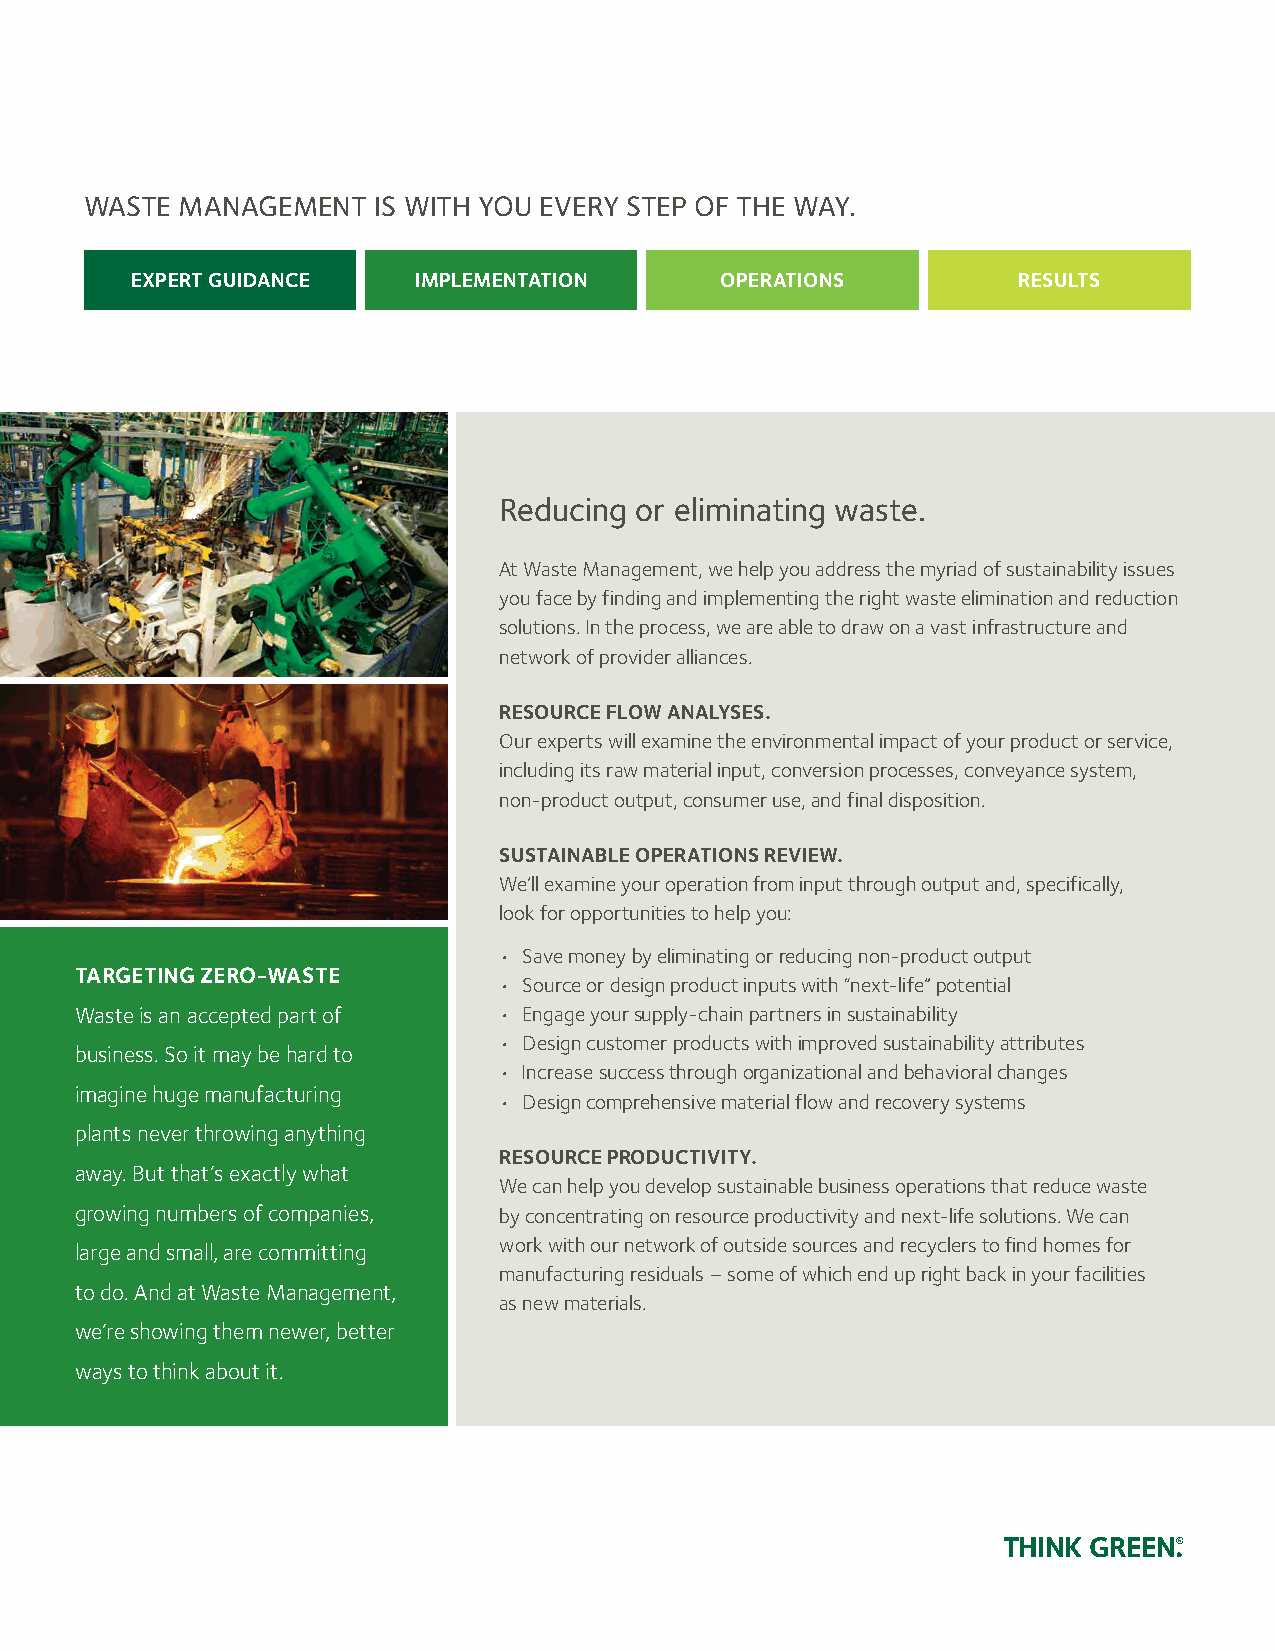
Waste ManageMent   is With you eveRy step of the Way.
 exPerT guidance   imPlemenTaTion       oPeraTions         resulTs
 Reducing or eliminating waste.
 At Waste Management, we help you address the myriad of sustainability issues
 you face by finding and implementing the right waste elimination and reduction
 solutions. In the process, we are able to draw on a vast infrastructure and
 network of provider alliances.
 resource flow analyses.
 Our experts will examine the environmental impact of your product or service,
 including its raw material input, conversion processes, conveyance system,
 non-product output, consumer use, and final disposition.
 susTainable oPeraTions review.
 We’ll examine your operation from input through output and, specifically,
 look for opportunities to help you:
 • Save money by eliminating or reducing non-product output
 TargeTing Zero-wasTe
 • Source or design product inputs with “next-life” potential
 Waste is an accepted part of • Engage your supply-chain partners in sustainability
 • Design customer products with improved sustainability attributes
 business. So it may be hard to
 • Increase success through organizational and behavioral changes
 imagine huge manufacturing
 • Design comprehensive material flow and recovery systems
 plants never throwing anything
 resource ProducTiviTy.
 away. But that’s exactly what
 We can help you develop sustainable business operations that reduce waste
 growing numbers of companies, by concentrating on resource productivity and next-life solutions. We can
 work with our network of outside sources and recyclers to find homes for
 large and small, are committing
 manufacturing residuals – some of which end up right back in your facilities
 to do. And at Waste Management,
 as new materials.
 we’re showing them newer, better
 ways to think about it.
 THINK GREEN.